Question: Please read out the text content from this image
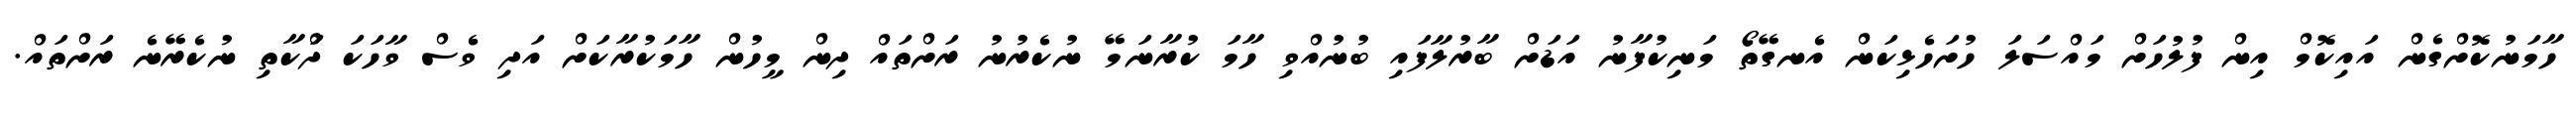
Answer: ހާމަނުކޮށްގެން އައިކޮމް އިން ފުލުހަށް މައްސަލަ ހުށަހެޅިކަން އެނގޭތޯ މަނިކުފާނު އަޑަށް ބާރުލާފައި ބުނުއްވި ހާމަ ކުރާނަމޭ ނުކެރުނު ރަށްތައް ދިން މީހުން ހާމަކުރާކަށް އަދި ވެސް ވާހަކަ ދަްކާތި ނުކެރޭނެ ރަށްތައް.